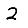
Digit: 2